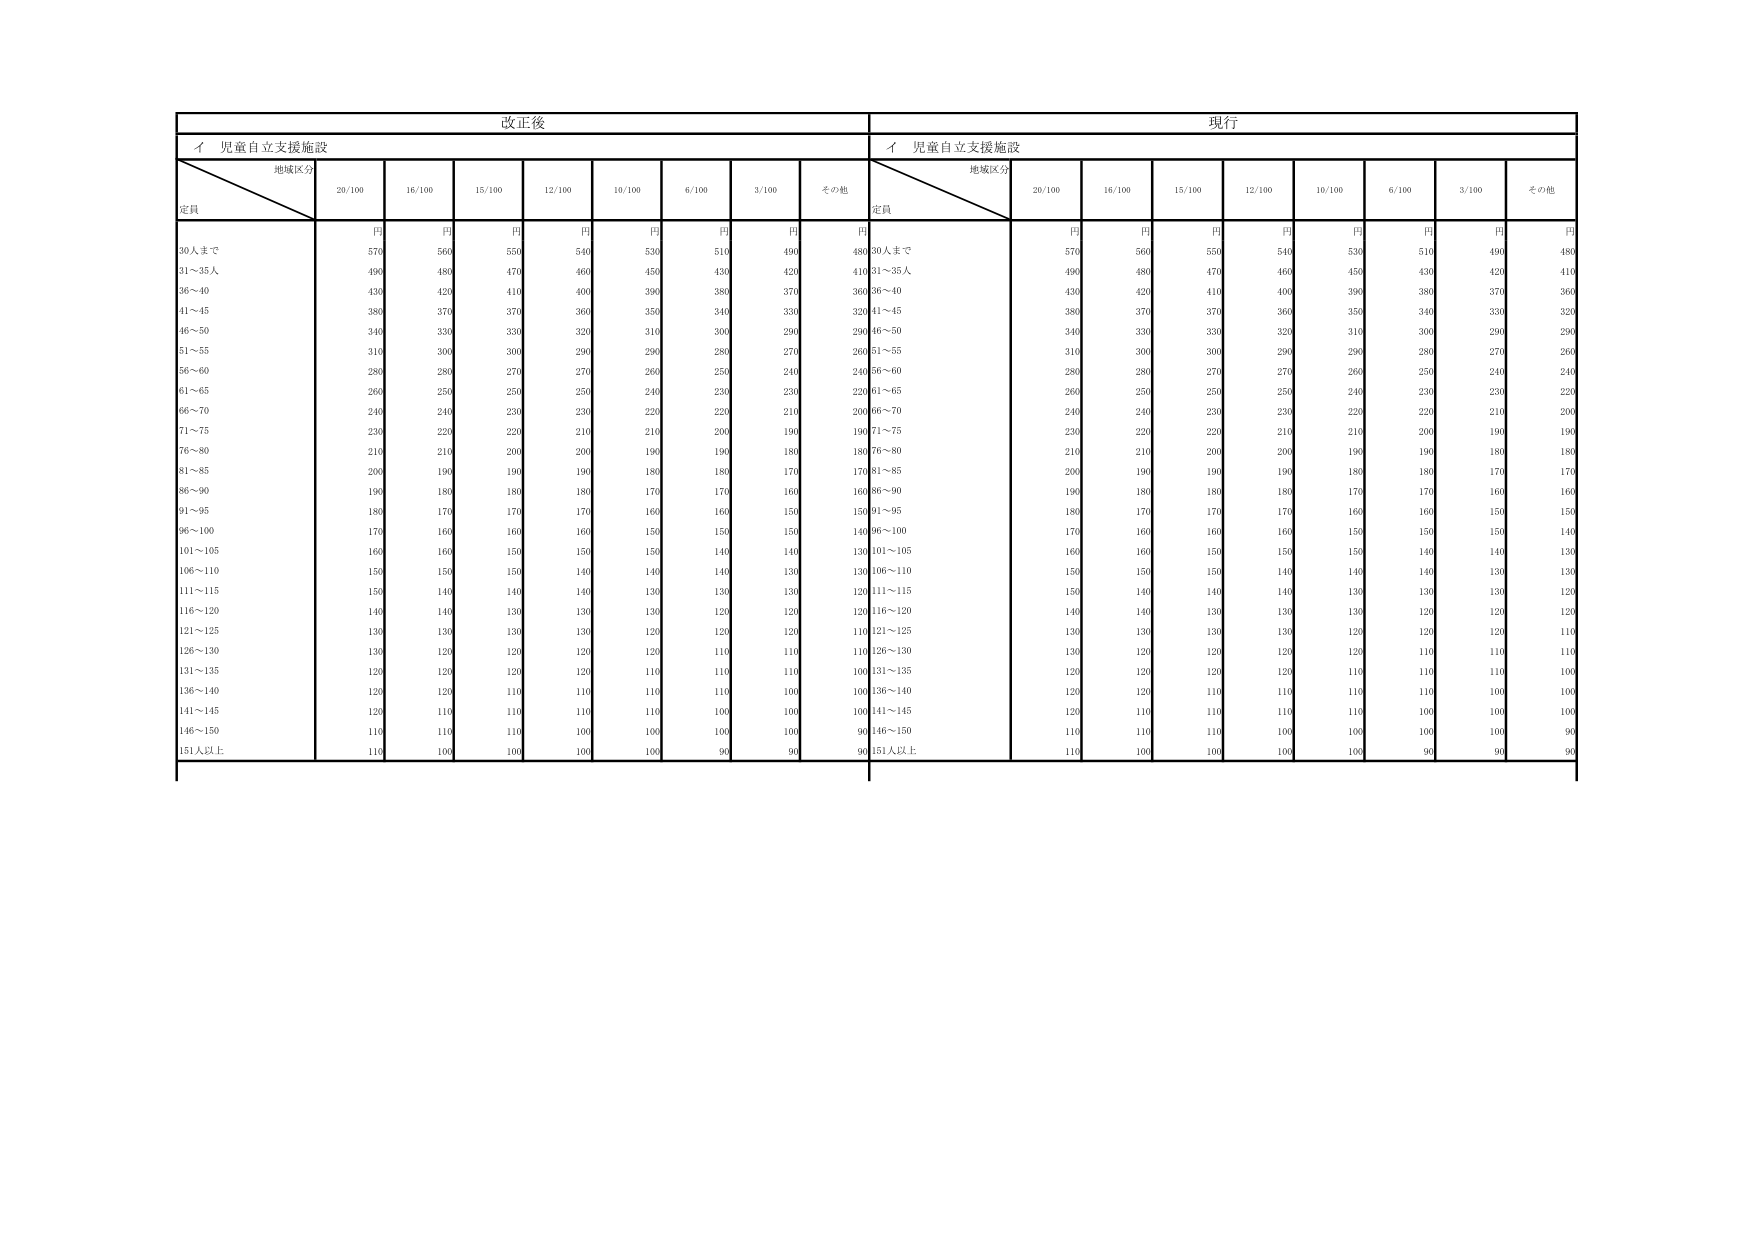
改正後
現行
イ 児童自立支援施設
イ 児童自立支援施設
地域区分
定員
20/100
16/100
15/100
12/100
10/100
6/100
3/100
その他
地域区分
定員
20/100
16/100
15/100
12/100
10/100
6/100
3/100
その他
円
円
円
円
円
円
円
円
円
円
円
円
円
円
円
円
円
円
30人まで
570
560
550
540
530
510
490
480
30人まで
570
560
550
540
530
510
490
480
31～35人
490
480
470
460
450
430
420
410
31～35人
490
480
470
460
450
430
420
410
36～40
430
420
410
400
390
380
370
360
36～40
430
420
410
400
390
380
370
360
41～45
380
370
370
360
350
340
330
320
41～45
380
370
370
360
350
340
330
320
46～50
340
330
330
320
310
300
290
290
46～50
340
330
330
320
310
300
290
290
51～55
310
300
300
290
290
280
270
260
51～55
310
300
300
290
290
280
270
260
56～60
280
280
270
270
260
250
240
240
56～60
280
280
270
270
260
250
240
240
61～65
260
250
250
250
240
230
230
220
61～65
260
250
250
250
240
230
230
220
66～70
240
240
230
230
220
220
210
200
66～70
240
240
230
230
220
220
210
200
71～75
230
220
220
210
210
200
190
190
71～75
230
220
220
210
210
200
190
190
76～80
210
210
200
200
190
190
180
180
76～80
210
210
200
200
190
190
180
180
81～85
200
190
190
190
180
180
170
170
81～85
200
190
190
190
180
180
170
170
86～90
190
180
180
180
170
170
160
160
86～90
190
180
180
180
170
170
160
160
91～95
180
170
170
170
160
160
150
150
91～95
180
170
170
170
160
160
150
150
96～100
170
160
160
160
150
150
150
140
96～100
170
160
160
160
150
150
150
140
101～105
160
160
150
150
150
140
140
130
101～105
160
160
150
150
150
140
140
130
106～110
150
150
150
140
140
140
130
130
106～110
150
150
150
140
140
140
130
130
111～115
150
140
140
140
130
130
130
120
111～115
150
140
140
140
130
130
130
120
116～120
140
140
130
130
130
120
120
120
116～120
140
140
130
130
130
120
120
120
121～125
130
130
130
130
120
120
120
110
121～125
130
130
130
130
120
120
120
110
126～130
130
120
120
120
120
110
110
110
126～130
130
120
120
120
120
110
110
110
131～135
120
120
120
120
110
110
110
100
131～135
120
120
120
120
110
110
110
100
136～140
120
120
110
110
110
110
100
100
136～140
120
120
110
110
110
110
100
100
141～145
120
110
110
110
110
100
100
100
141～145
120
110
110
110
110
100
100
100
146～150
110
110
110
100
100
100
100
90
146～150
110
110
110
100
100
100
100
90
151人以上
110
100
100
100
100
90
90
90
151人以上
110
100
100
100
100
90
90
90